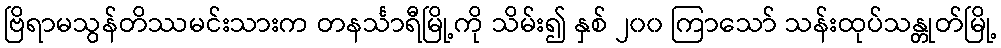
ဗြိရာမသွန်တိဿမင်းသားက တနင်္သာရီမြို့ကို သိမ်း၍ နှစ် ၂၀၀ ကြာသော် သန်းထုပ်သန္တုတ်မြို့